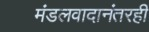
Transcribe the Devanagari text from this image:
मंडलवादानंतरही